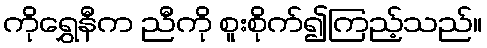
ကိုရွှေနီက ညီကို စူးစိုက်၍ကြည့်သည်။